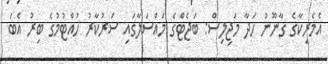
އެމެރިކާގެ ގާނޫނު ހަދާ މަޖިލިސް: ބަޖެޓްގެ މައްސަލާގައި ސަރުކާރު ހުއްޓުމުގެ ބިރު އެބަ